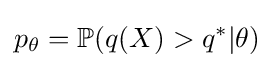
p_{\theta }=\mathbb {P} (q(X)>q^{*}|\theta )